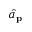
{ \hat { a } } _ { \mathbf { p } }